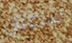
ساعتان